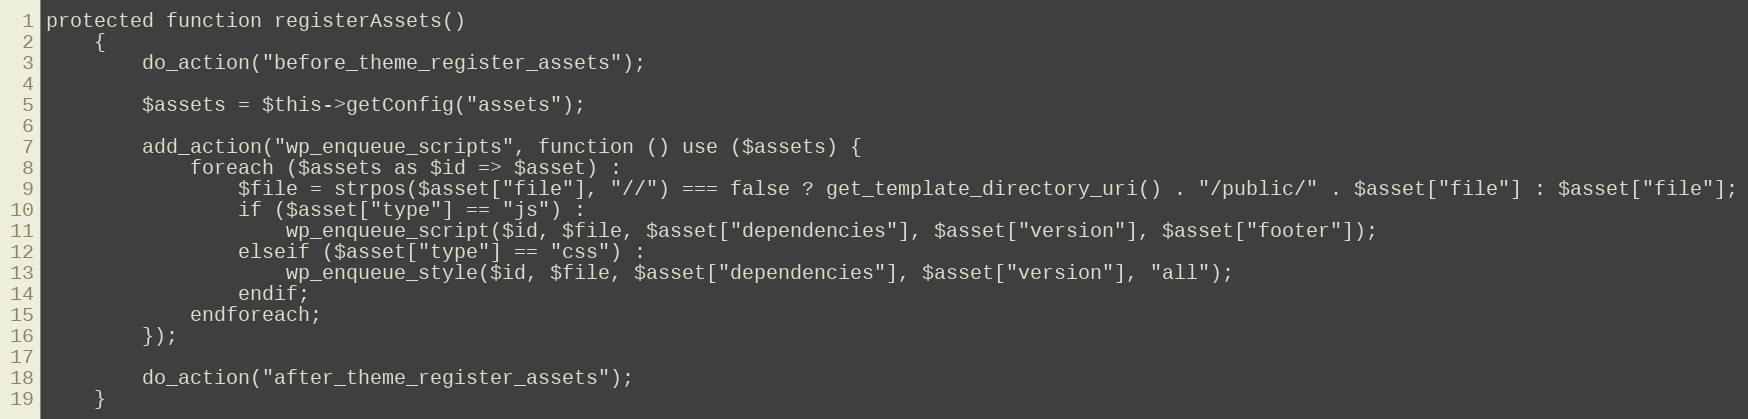
Language: PHP
protected function registerAssets()
    {
        do_action("before_theme_register_assets");

        $assets = $this->getConfig("assets");

        add_action("wp_enqueue_scripts", function () use ($assets) {
            foreach ($assets as $id => $asset) :
                $file = strpos($asset["file"], "//") === false ? get_template_directory_uri() . "/public/" . $asset["file"] : $asset["file"];
                if ($asset["type"] == "js") :
                    wp_enqueue_script($id, $file, $asset["dependencies"], $asset["version"], $asset["footer"]);
                elseif ($asset["type"] == "css") :
                    wp_enqueue_style($id, $file, $asset["dependencies"], $asset["version"], "all");
                endif;
            endforeach;
        });

        do_action("after_theme_register_assets");
    }